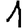
Digit: 1